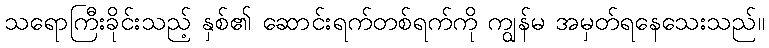
သရောကြီးခိုင်းသည့် နှစ်၏ ဆောင်းရက်တစ်ရက်ကို ကျွန်မ အမှတ်ရနေသေးသည်။